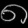
Digit: ၈